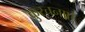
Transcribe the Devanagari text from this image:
कुरचनाएं